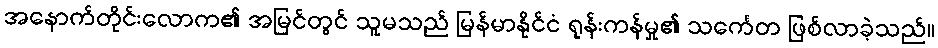
အနောက်တိုင်းလောက၏ အမြင်တွင် သူမသည် မြန်မာနိုင်ငံ ရုန်းကန်မှု၏ သင်္ကေတ ဖြစ်လာခဲ့သည်။